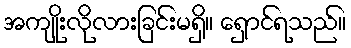
အကျိုးလိုလားခြင်းမရှိ။ ရှောင်ရသည်။